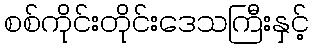
စစ်ကိုင်းတိုင်းဒေသကြီးနှင့်